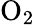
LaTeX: {\mathrm{O}}_{2}